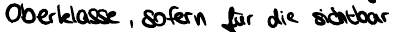
Oberklasse, sofern für die sichtbar